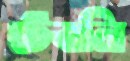
টেবলি